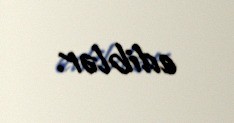
ediblər.